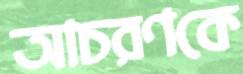
আচরণকে